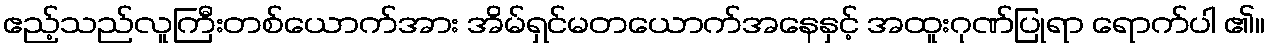
ဧည့်သည်လူကြီးတစ်ယောက်အား အိမ်ရှင်မတယောက်အနေနှင့် အထူးဂုဏ်ပြုရာ ရောက်ပါ ၏။